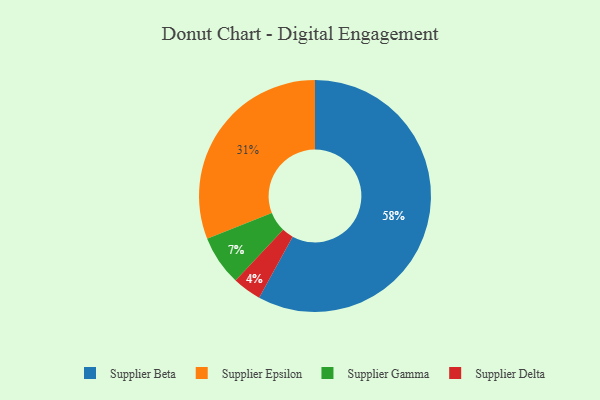
{"axis": {"x": "Category", "y": "Percentage"}, "legend": ["Supplier Beta", "Supplier Delta", "Supplier Epsilon", "Supplier Gamma"], "data": [{"x": "Supplier Delta", "y": 4, "type": "Supplier Delta"}, {"x": "Supplier Epsilon", "y": 31, "type": "Supplier Epsilon"}, {"x": "Supplier Gamma", "y": 7, "type": "Supplier Gamma"}, {"x": "Supplier Beta", "y": 58, "type": "Supplier Beta"}]}